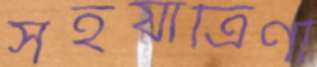
সহযাত্রিণী